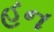
હન